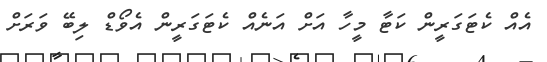
އެއް ކެޓަގަރީން ކަޓާ މީހާ އަށް އަނެއް ކެޓަގަރީން އެވޯޑް ލިބޭ ވަރަށް